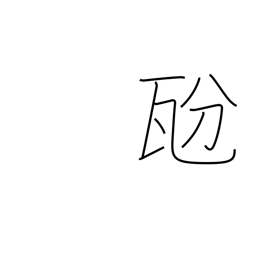
Meaning: decigram